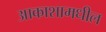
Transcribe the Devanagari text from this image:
आकाशामधील